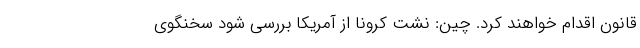
قانون اقدام خواهند کرد. چین: نشت کرونا از آمریکا بررسی شود سخنگوی